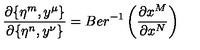
\frac { \partial \{ \eta ^ { m } , y ^ { \mu } \} } { \partial \{ \eta ^ { n } , y ^ { \nu } \} } = B e r ^ { - 1 } \left( \frac { \partial x ^ { M } } { \partial x ^ { N } } \right)